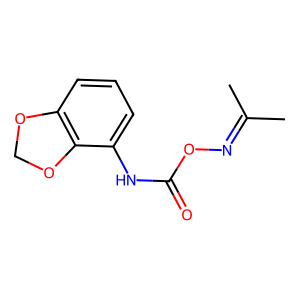
SMILES: CC(C)=NOC(=O)Nc1cccc2c1OCO2
Inhibits HIV replication: No